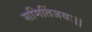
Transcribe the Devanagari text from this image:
समितिंजयः।।